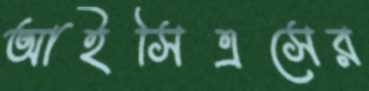
আইসিএসের